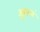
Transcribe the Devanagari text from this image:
झुरळं